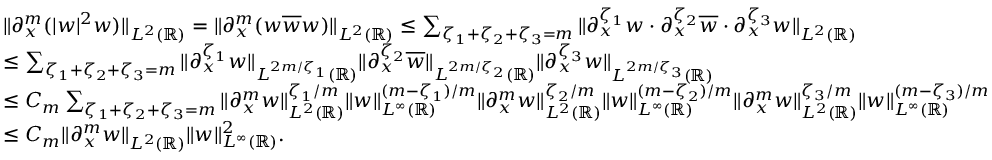
\begin{array} { r l } & { \| \partial _ { x } ^ { m } ( | w | ^ { 2 } w ) \| _ { L ^ { 2 } ( \mathbb { R } ) } = \| \partial _ { x } ^ { m } ( w \overline { { w } } w ) \| _ { L ^ { 2 } ( \mathbb { R } ) } \leq \sum _ { \zeta _ { 1 } + \zeta _ { 2 } + \zeta _ { 3 } = m } \| \partial _ { x } ^ { \zeta _ { 1 } } w \cdot \partial _ { x } ^ { \zeta _ { 2 } } \overline { { w } } \cdot \partial _ { x } ^ { \zeta _ { 3 } } w \| _ { L ^ { 2 } ( \mathbb { R } ) } } \\ & { \leq \sum _ { \zeta _ { 1 } + \zeta _ { 2 } + \zeta _ { 3 } = m } \| \partial _ { x } ^ { \zeta _ { 1 } } w \| _ { L ^ { 2 m / \zeta _ { 1 } } ( \mathbb { R } ) } \| \partial _ { x } ^ { \zeta _ { 2 } } \overline { { w } } \| _ { L ^ { 2 m / \zeta _ { 2 } } ( \mathbb { R } ) } \| \partial _ { x } ^ { \zeta _ { 3 } } w \| _ { L ^ { 2 m / \zeta _ { 3 } } ( \mathbb { R } ) } } \\ & { \leq C _ { m } \sum _ { \zeta _ { 1 } + \zeta _ { 2 } + \zeta _ { 3 } = m } \| \partial _ { x } ^ { m } w \| _ { L ^ { 2 } ( \mathbb { R } ) } ^ { \zeta _ { 1 } / m } \| w \| _ { L ^ { \infty } ( \mathbb { R } ) } ^ { ( m - \zeta _ { 1 } ) / m } \| \partial _ { x } ^ { m } w \| _ { L ^ { 2 } ( \mathbb { R } ) } ^ { \zeta _ { 2 } / m } \| w \| _ { L ^ { \infty } ( \mathbb { R } ) } ^ { ( m - \zeta _ { 2 } ) / m } \| \partial _ { x } ^ { m } w \| _ { L ^ { 2 } ( \mathbb { R } ) } ^ { \zeta _ { 3 } / m } \| w \| _ { L ^ { \infty } ( \mathbb { R } ) } ^ { ( m - \zeta _ { 3 } ) / m } } \\ & { \leq C _ { m } \| \partial _ { x } ^ { m } w \| _ { L ^ { 2 } ( \mathbb { R } ) } \| w \| _ { L ^ { \infty } ( \mathbb { R } ) } ^ { 2 } . } \end{array}